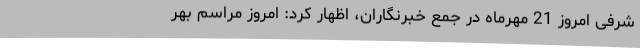
شرفی امروز 21 مهرماه در جمع خبرنگاران، اظهار کرد: امروز مراسم بهر